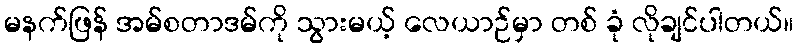
မနက်ဖြန် အမ်စတာဒမ်ကို သွားမယ့် လေယာဉ်မှာ တစ် ခုံ လိုချင်ပါတယ်။